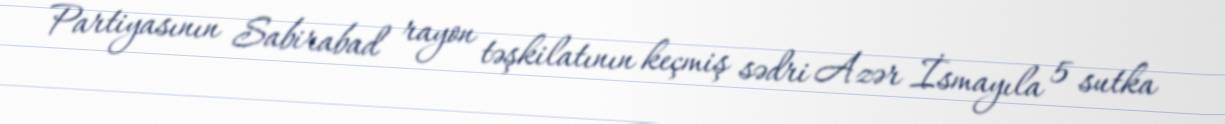
Partiyasının Sabirabad rayon təşkilatının keçmiş sədri Azər İsmayıla 5 sutka